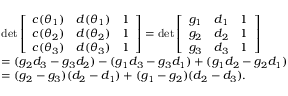
\begin{array} { r l } & { \operatorname* { d e t } \left[ { \begin{array} { c c c } { c ( \theta _ { 1 } ) } & { d ( \theta _ { 1 } ) } & { 1 } \\ { c ( \theta _ { 2 } ) } & { d ( \theta _ { 2 } ) } & { 1 } \\ { c ( \theta _ { 3 } ) } & { d ( \theta _ { 3 } ) } & { 1 } \end{array} } \right] = \operatorname* { d e t } \left[ { \begin{array} { c c c } { g _ { 1 } } & { d _ { 1 } } & { 1 } \\ { g _ { 2 } } & { d _ { 2 } } & { 1 } \\ { g _ { 3 } } & { d _ { 3 } } & { 1 } \end{array} } \right] } \\ & { = ( g _ { 2 } d _ { 3 } - g _ { 3 } d _ { 2 } ) - ( g _ { 1 } d _ { 3 } - g _ { 3 } d _ { 1 } ) + ( g _ { 1 } d _ { 2 } - g _ { 2 } d _ { 1 } ) } \\ & { = ( g _ { 2 } - g _ { 3 } ) ( d _ { 2 } - d _ { 1 } ) + ( g _ { 1 } - g _ { 2 } ) ( d _ { 2 } - d _ { 3 } ) . } \end{array}